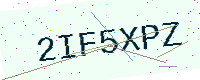
Text: 2IF5XPZ